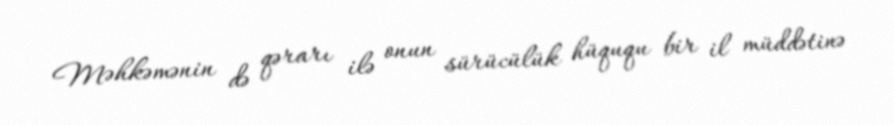
Məhkəmənin də qərarı ilə onun sürücülük hüququ bir il müddətinə